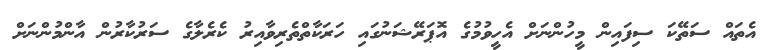
އެތައް ސަތޭކަ ސިފައިން މީހުންނަށް އެހީވުމުގެ އޮޕަރޭޝަނުގައި ހަރަކާތްތެރިވާއިރު ކެރެލާގެ ސަރުކާރުން އާންމުންނަށް